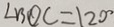
\angle B O C = 1 2 0 ^ { \circ }